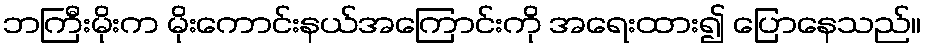
ဘကြီးမိုးက မိုးကောင်းနယ်အကြောင်းကို အရေးထား၍ ပြောနေသည်။